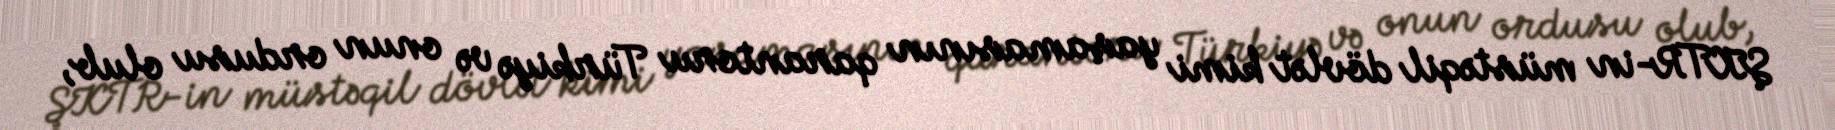
ŞKTR-in müstəqil dövlət kimi yaşamasının qarantoru Türkiyə və onun ordusu olub,